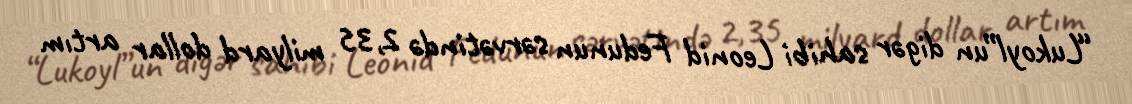
“Lukoyl”un digər sahibi Leonid Fedunun sərvətində 2,35 milyard dollar artım